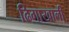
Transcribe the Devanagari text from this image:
ढिगाखाली